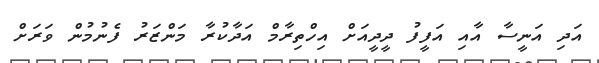
އަދި އަނީސާ އާއި އަފީފު ދީދީއަށް އިހްތިރާމް އަދާކުރާ މަންޒަރު ފެނުމުން ވަރަށް